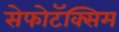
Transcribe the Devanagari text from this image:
सेफोटॅक्सिम